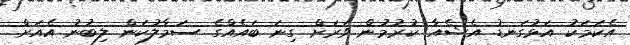
އެކަމަކު އަޅުގަނޑު އެޝެއާ ކުރުމުން ވަރަށް ގިނަ ބައެއްގެ ސަމާލުކަން ލިބުނު އެއަށް.